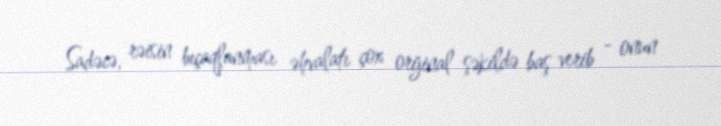
Sadəcə, rəisin bıçaqlanması əhvalatı çox orijinal şəkildə baş verib - onun